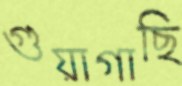
গুয়াগাছি